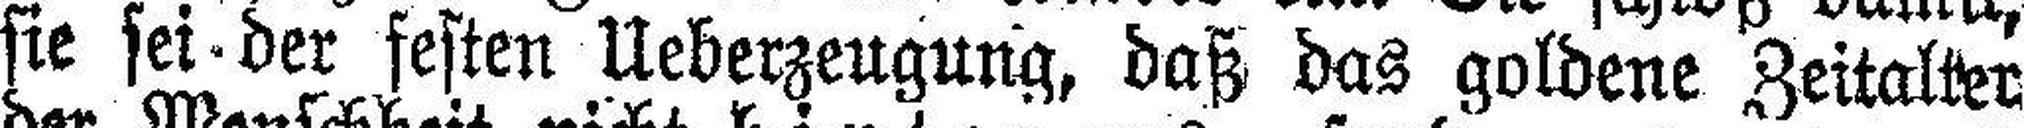
sie sei der festen Ueberzeugung, daß das goldene Zeitalter